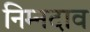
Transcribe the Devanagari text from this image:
निम्नदाव